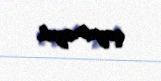
qayıtmayıb.